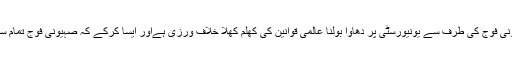
موصوف چانسلر نے کہا کہ صہیونی فوج کی طرف سے یونیورسٹی پر دھاوا بولنا عالمی قوانین کی کھلم کھلا خلاف ورزی ہےاور ایسا کرکے کہ صہیونی فوج تمام سرخ لکیروں کو پامال کر رہی ہے۔